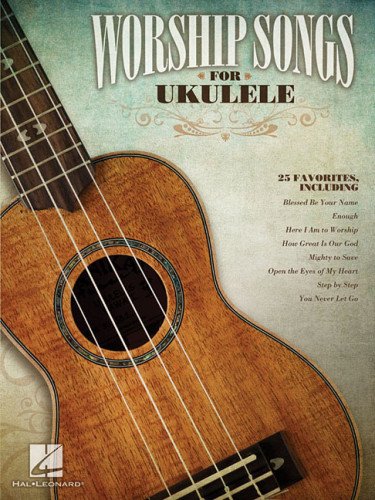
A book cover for Worship Songs for Ukulele; Hal Leonard Corp.; Christian Books & Bibles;